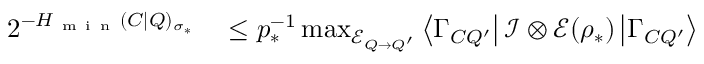
\begin{array} { r l } { 2 ^ { - H _ { \mathrm { ~ m ~ i ~ n ~ } } ( C | Q ) _ { \sigma _ { \ast } } } } & { { } \leq p _ { \ast } ^ { - 1 } \operatorname* { m a x } _ { \mathcal { E } _ { Q \rightarrow Q ^ { \prime } } } \left\langle \Gamma _ { C Q ^ { \prime } } \right\vert \mathcal { I } \otimes \mathcal { E } ( \rho _ { \ast } ) \left\vert \Gamma _ { C Q ^ { \prime } } \right\rangle } \end{array}